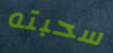
سحبته